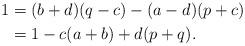
LaTeX: \begin{align*}1 &= (b+d)(q-c) - (a-d)(p+c)\\&= 1 - c(a+b) + d(p+q).\end{align*}